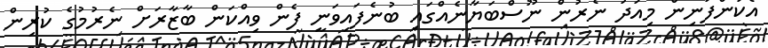
އެކުންފުނިން މިއަދު ނެރުން ނޫސްބަޔާނެއްގައި ބުނެފައިވަނީ ފެން ވިއްކަން ބާޒާރަށް ނެރުމުގެ ކުރިން